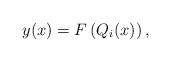
LaTeX: \begin{align*}y(x)=F\left(Q_i(x)\right),\end{align*}